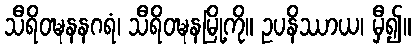
သီရိဝဍ္ဎနနဂရံ၊ သီရိဝဍ္ဎနမြို့ကို။ ဥပနိဿာယ၊ မှီ၍။